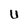
Character: U